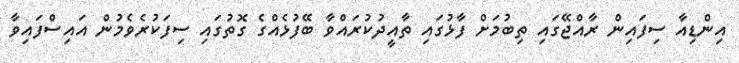
އިންޑިއާ ސިފައިން ރާއްޖޭގައި ތިބުމަށް ފާޅުގައި ތާއީދުކުރައްވާ ބޭފުޅެއްގެ ގޮތުގައި ސިފަކުރެވެމުން އައިސްފައިވާ